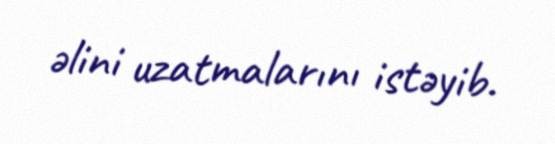
əlini uzatmalarını istəyib.